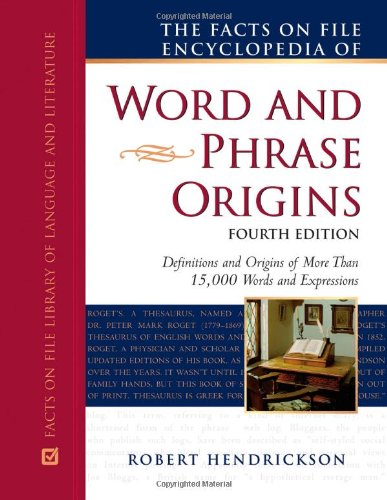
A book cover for The Facts on File Encyclopedia of Word and Phrase Origins (Writers Reference); Robert Hendrickson; Reference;